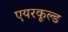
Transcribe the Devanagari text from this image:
एयरकूल्ड